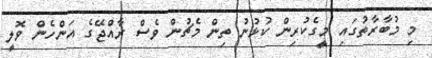
މި މުބާރާތުގައި މީގެކުރިން ކުޅުނު ތިން މެޗުން ވެސް ރާއްޖޭގެ އަންހެން ވޮލީ